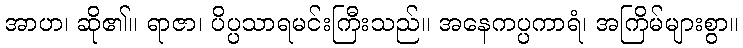
အာဟ၊ ဆို၏။ ရာဇာ၊ ပိပ္ပသာရမင်းကြီးသည်။ အနေကပ္ပကာရံ၊ အကြိမ်များစွာ။